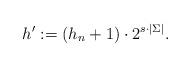
LaTeX: \begin{align*} h':= (h_n+1)\cdot 2^{s\cdot |\Sigma|}.\end{align*}